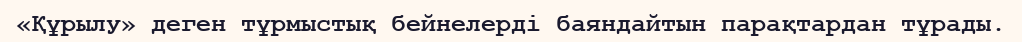
«Құрылу» деген тұрмыстық бейнелерді баяндайтын парақтардан тұрады.